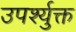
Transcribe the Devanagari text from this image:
उपर्श्युक्त